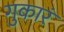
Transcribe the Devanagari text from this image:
गुकारं